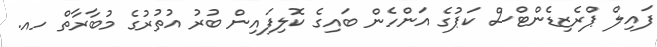
ފައިލް ޕްރެޒިޑެންޓްސް ކަޕުގެ އަންހެން ބައިގެ ކޮލިފައިން ބުރު އުތުރުގެ މުބާރާތް ހއ.